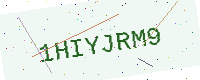
Text: 1HIYJRM9